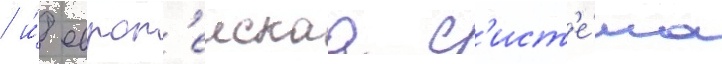
/ и́ европ'еискаа с'ист'е́ма